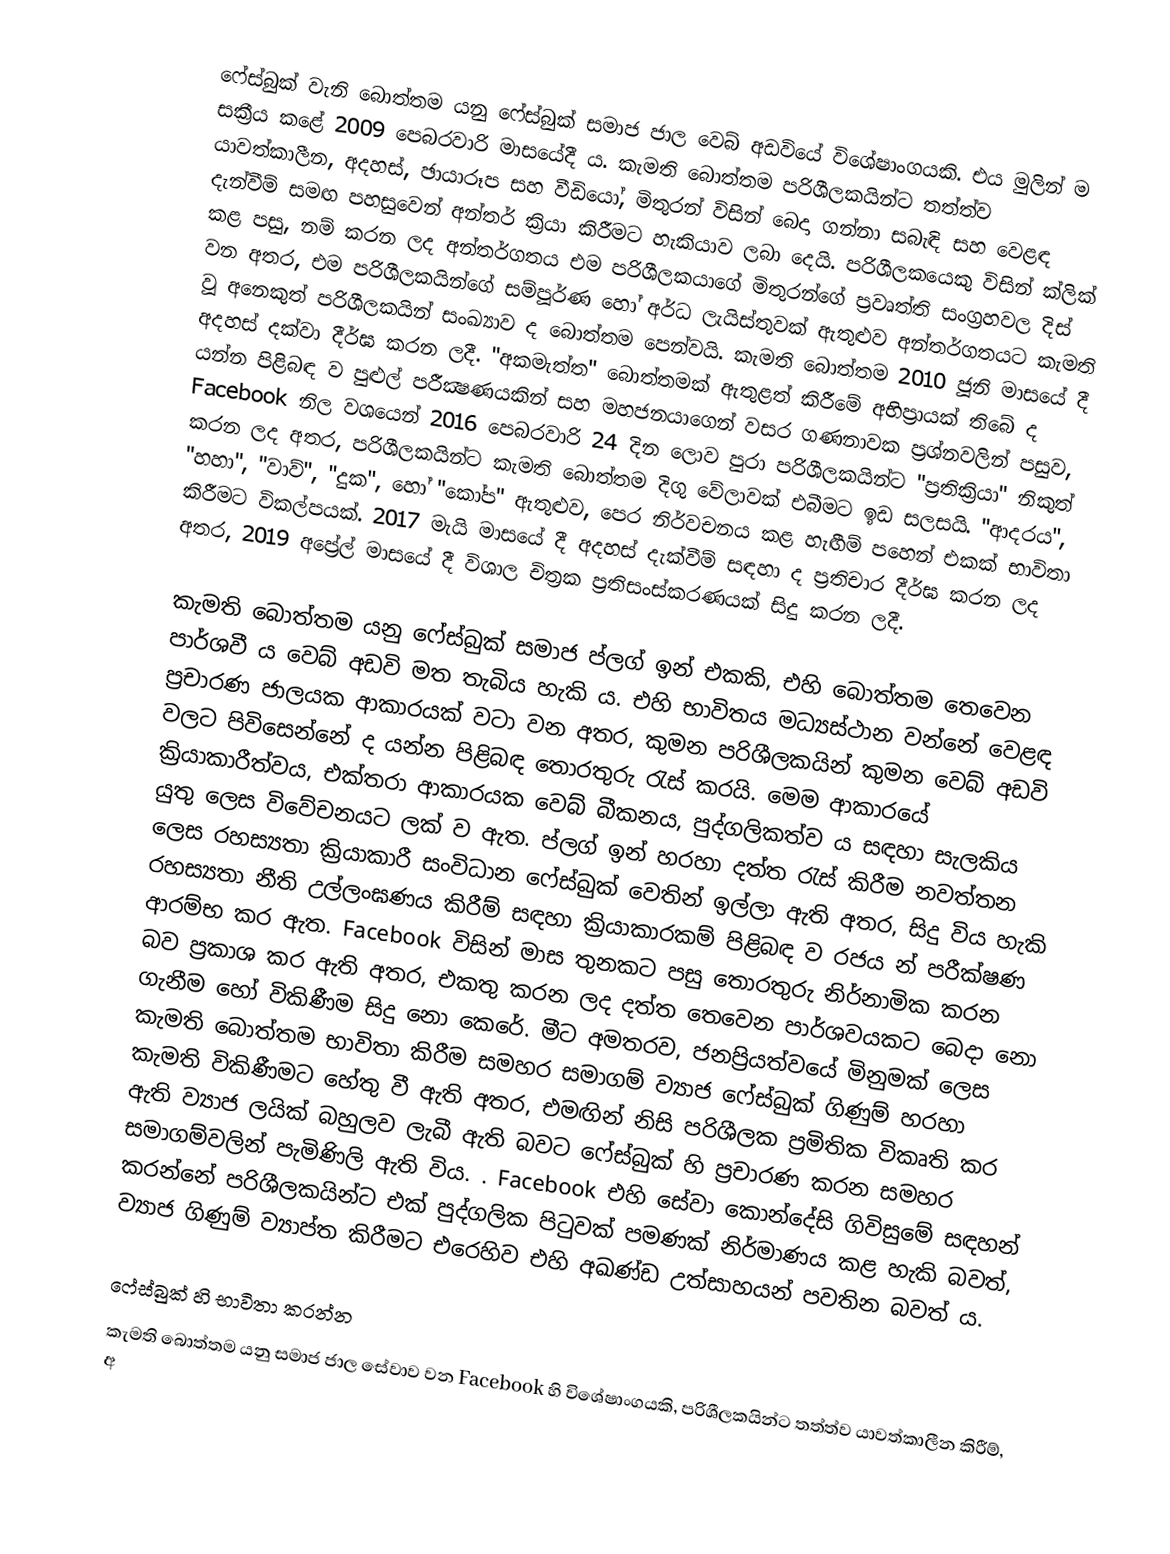
ෆේස්බුක් වැනි බොත්තම යනු ෆේස්බුක් සමාජ ජාල වෙබ් අඩවියේ විශේෂාංගයකි. එය මුලින් ම සක්‍රීය කළේ 2009 පෙබරවාරි මාසයේදී ය. කැමති බොත්තම පරිශීලකයින්ට තත්ත්ව යාවත්කාලීන, අදහස්, ඡායාරූප සහ වීඩියෝ, මිතුරන් විසින් බෙදා ගන්නා සබැඳි සහ වෙළඳ දැන්වීම් සමඟ පහසුවෙන් අන්තර් ක්‍රියා කිරීමට හැකියාව ලබා දෙයි. පරිශීලකයෙකු විසින් ක්ලික් කළ පසු, නම් කරන ලද අන්තර්ගතය එම පරිශීලකයාගේ මිතුරන්ගේ ප්‍රවෘත්ති සංග්‍රහවල දිස් වන අතර, එම පරිශීලකයින්ගේ සම්පූර්ණ හෝ අර්ධ ලැයිස්තුවක් ඇතුළුව අන්තර්ගතයට කැමති වූ අනෙකුත් පරිශීලකයින් සංඛ්‍යාව ද බොත්තම පෙන්වයි. කැමති බොත්තම 2010 ජූනි මාසයේ දී අදහස් දක්වා දීර්ඝ කරන ලදී. "අකමැත්ත" බොත්තමක් ඇතුළත් කිරීමේ අභිප්‍රායක් තිබේ ද යන්න පිළිබඳ ව පුළුල් පරීක්‍ෂණයකින් සහ මහජනයාගෙන් වසර ගණනාවක ප්‍රශ්නවලින් පසුව, Facebook නිල වශයෙන් 2016 පෙබරවාරි 24 දින ලොව පුරා පරිශීලකයින්ට "ප්‍රතික්‍රියා" නිකුත් කරන ලද අතර, පරිශීලකයින්ට කැමති බොත්තම දිගු වේලාවක් එබීමට ඉඩ සලසයි. "ආදරය", "හහා", "වාව්", "දුක", හෝ "කෝප" ඇතුළුව, පෙර නිර්වචනය කළ හැඟීම් පහෙන් එකක් භාවිතා කිරීමට විකල්පයක්. 2017 මැයි මාසයේ දී අදහස් දැක්වීම් සඳහා ද ප්‍රතිචාර දීර්ඝ කරන ලද අතර, 2019 අප්‍රේල් මාසයේ දී විශාල චිත්‍රක ප්‍රතිසංස්කරණයක් සිදු කරන ලදී.

කැමති බොත්තම යනු ෆේස්බුක් සමාජ ප්ලග් ඉන් එකකි, එහි බොත්තම තෙවෙන පාර්ශවී ය වෙබ් අඩවි මත තැබිය හැකි ය. එහි භාවිතය මධ්‍යස්ථාන වන්නේ වෙළඳ ප්‍රචාරණ ජාලයක ආකාරයක් වටා වන අතර, කුමන පරිශීලකයින් කුමන වෙබ් අඩවි වලට පිවිසෙන්නේ ද යන්න පිළිබඳ තොරතුරු රැස් කරයි. මෙම ආකාරයේ ක්‍රියාකාරීත්වය, එක්තරා ආකාරයක වෙබ් බීකනය, පුද්ගලිකත්ව ය සඳහා සැලකිය යුතු ලෙස විවේචනයට ලක් ව ඇත. ප්ලග් ඉන් හරහා දත්ත රැස් කිරීම නවත්තන ලෙස රහස්‍යතා ක්‍රියාකාරී සංවිධාන ෆේස්බුක් වෙතින් ඉල්ලා ඇති අතර, සිදු විය හැකි රහස්‍යතා නීති උල්ලංඝණය කිරීම් සඳහා ක්‍රියාකාරකම් පිළිබඳ ව රජය න් පරීක්ෂණ ආරම්භ කර ඇත. Facebook විසින් මාස තුනකට පසු තොරතුරු නිර්නාමික කරන බව ප්‍රකාශ කර ඇති අතර, එකතු කරන ලද දත්ත තෙවෙන පාර්ශවයකට බෙදා නො ගැනීම හෝ විකිණීම සිදු නො කෙරේ. මීට අමතරව, ජනප්‍රියත්වයේ මිනුමක් ලෙස කැමති බොත්තම භාවිතා කිරීම සමහර සමාගම් ව්‍යාජ ෆේස්බුක් ගිණුම් හරහා කැමති විකිණීමට හේතු වී ඇති අතර, එමඟින් නිසි පරිශීලක ප්‍රමිතික විකෘති කර ඇති ව්‍යාජ ලයික් බහුලව ලැබී ඇති බවට ෆේස්බුක් හි ප්‍රචාරණ කරන සමහර සමාගම්වලින් පැමිණිලි ඇති විය. . Facebook එහි සේවා කොන්දේසි ගිවිසුමේ සඳහන් කරන්නේ පරිශීලකයින්ට එක් පුද්ගලික පිටුවක් පමණක් නිර්මාණය කළ හැකි බවත්, ව්‍යාජ ගිණුම් ව්‍යාප්ත කිරීමට එරෙහිව එහි අඛණ්ඩ උත්සාහයන් පවතින බවත් ය.

ෆේස්බුක් හි භාවිතා කරන්න
කැමති බොත්තම යනු සමාජ ජාල සේවාව වන Facebook හි විශේෂාංගයකි, පරිශීලකයින්ට තත්ත්ව යාවත්කාලීන කිරීම්, අ